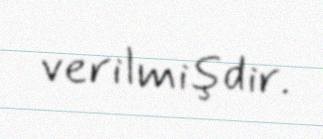
verilmişdir.